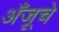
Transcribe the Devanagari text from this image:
अँजूचे